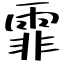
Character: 霏